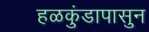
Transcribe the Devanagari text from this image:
हळकुंडापासुन